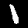
Label: 1